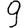
Digit: 9